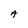
Character: A